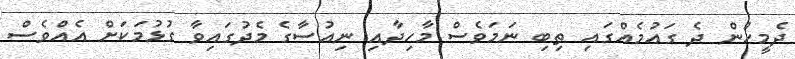
ދެމީހުން ދެ ގައުމެއްގައި ތިބި ނަމަވެސް މާހިދާއި ނިއުސާގެ މެދުގައިވާ ގުޅުމަކަށް އެއްވެސް